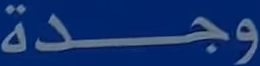
وجدة